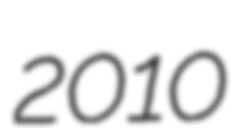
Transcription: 2010